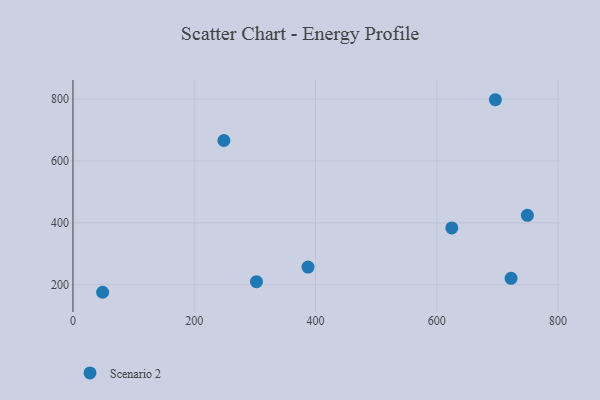
{"axis": {"x": "Speed", "y": "Fuel Efficiency"}, "legend": ["Scenario 2"], "data": [{"x": "722.4", "y": 221.0, "type": "Scenario 2"}, {"x": "624.7", "y": 383.6, "type": "Scenario 2"}, {"x": "696.5", "y": 797.6, "type": "Scenario 2"}, {"x": "248.9", "y": 666.0, "type": "Scenario 2"}, {"x": "387.6", "y": 257.1, "type": "Scenario 2"}, {"x": "48.9", "y": 175.8, "type": "Scenario 2"}, {"x": "302.6", "y": 209.9, "type": "Scenario 2"}, {"x": "749.3", "y": 424.4, "type": "Scenario 2"}]}